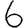
Digit: 6